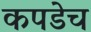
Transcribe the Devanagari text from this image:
कपडेच